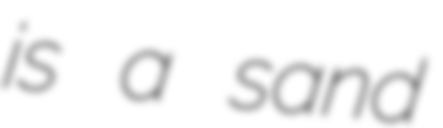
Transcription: is a sand